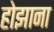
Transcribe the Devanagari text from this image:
होझाना